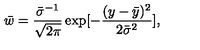
{ \bar { w } } = \frac { { \bar { \sigma } ^ { - 1 } } } { \sqrt { 2 \pi } } \exp [ - \frac { ( y - { \bar { y } } ) ^ { 2 } } { 2 { \bar { \sigma } } ^ { 2 } } ] ,